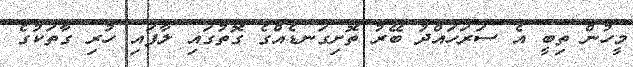
މީހުން ތިބީ އެ ސަރަހައްދު ބޭރު ތޮށިގަނޑެއްގެ ގޮތުގައި ލާފައި ހުރި ގާތަކުގެ